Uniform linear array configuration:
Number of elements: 16
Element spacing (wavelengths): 1
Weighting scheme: hamming
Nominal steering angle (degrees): -15
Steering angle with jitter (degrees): -13.947
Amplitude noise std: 0.05
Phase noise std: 0.05

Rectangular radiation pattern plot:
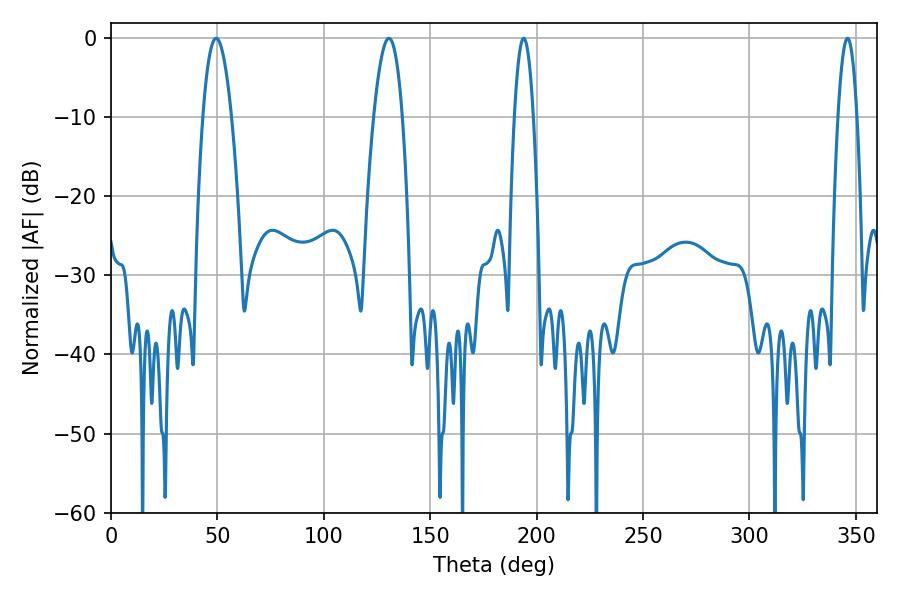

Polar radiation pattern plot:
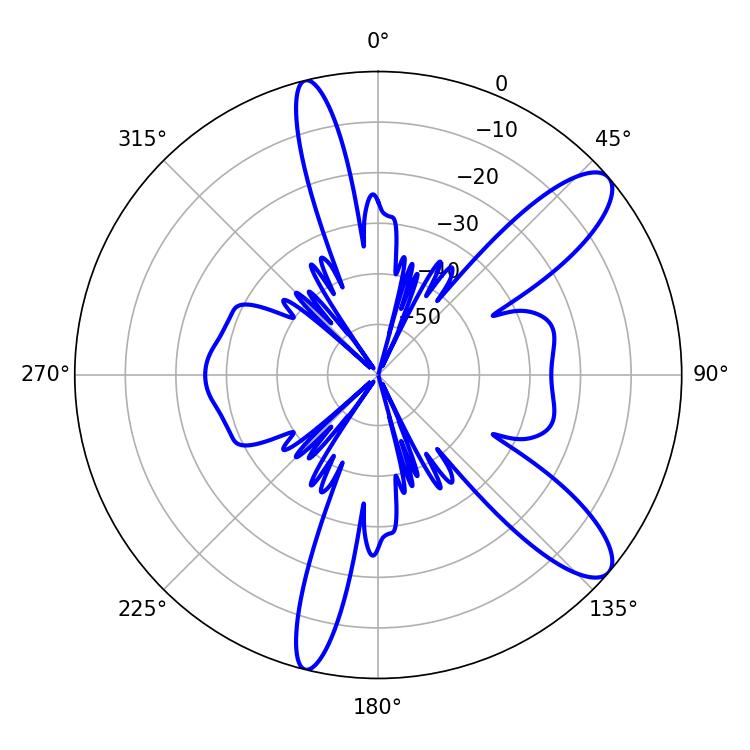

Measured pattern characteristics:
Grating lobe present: TRUE
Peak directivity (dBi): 10.756
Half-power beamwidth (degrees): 7.38
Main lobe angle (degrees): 49.32